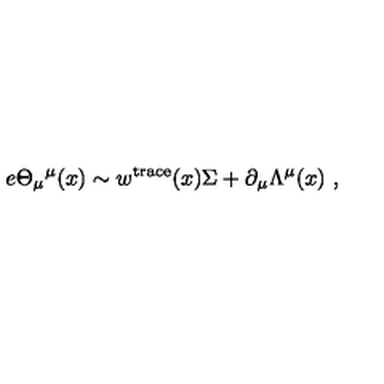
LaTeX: e \Theta _ { \mu } { } ^ { \mu } ( x ) \sim w ^ { \mathrm { t r a c e } } ( x ) \Sigma + \partial _ { \mu } \Lambda ^ { \mu } ( x ) \ ,